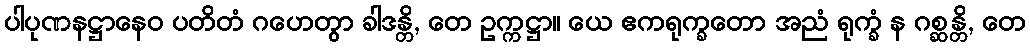
ပါပုဏနဋ္ဌာနေဝ ပတိတံ ဂဟေတွာ ခါဒန္တိ, တေ ဥက္ကဋ္ဌာ။ ယေ ဧကရုက္ခတော အညံ ရုက္ခံ န ဂစ္ဆန္တိ, တေ